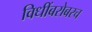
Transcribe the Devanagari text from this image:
विधींबरोबरच